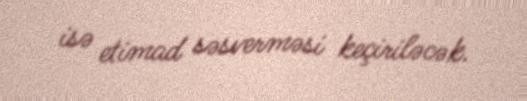
isə etimad səsverməsi keçiriləcək.